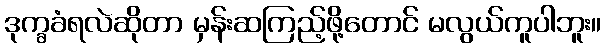
ဒုက္ခခံရလဲဆိုတာ မှန်းဆကြည့်ဖို့တောင် မလွယ်ကူပါဘူး။